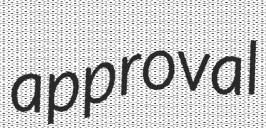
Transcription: approval